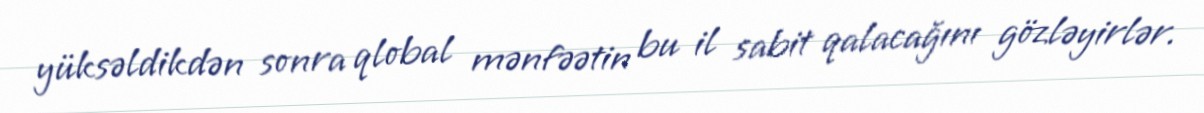
yüksəldikdən sonra qlobal mənfəətin bu il sabit qalacağını gözləyirlər.